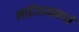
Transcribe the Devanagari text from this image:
भाईजानमध्ये